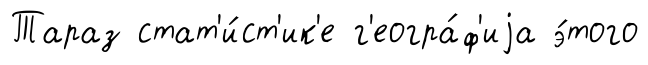
Тараз стат'и́ст'ик'е г'еогра́ф'иjа э́того